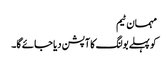
مہمان ٹیم
کو پہلے بولنگ کا آپشن دیا جائے گا۔